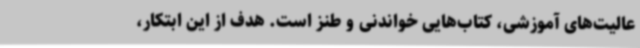
عالیت‌های آموزشی، کتاب‌هایی خواندنی و طنز است. هدف از این ابتکار،